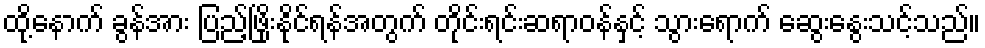
ထို့နောက် ခွန်အား ပြည့်ဖြိုးနိုင်ရန်အတွက် တိုင်းရင်းဆရာဝန်နှင့် သွားရောက် ဆွေးနွေးသင့်သည်။